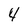
Character: 4